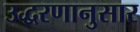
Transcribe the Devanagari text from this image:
उद्धरणानुसार